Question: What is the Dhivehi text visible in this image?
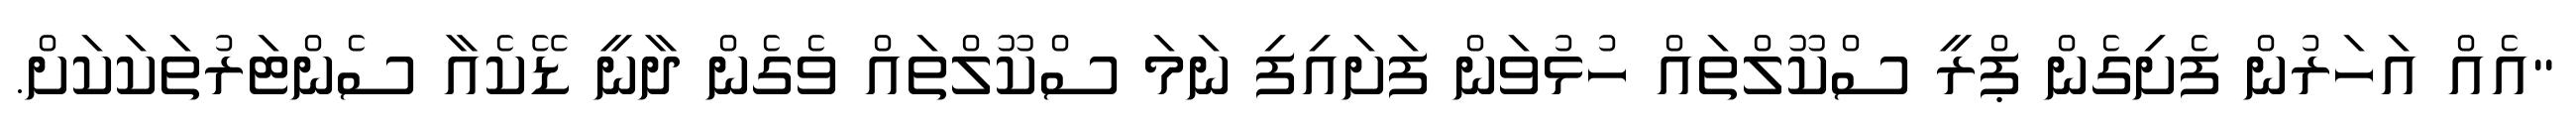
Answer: "އެއް އަހަރުން ފެށިގެން ޕްރީ ސްކޫލްތައް ހުޅުވަން ފަށައިފި ނަމަ ސްކޫލްތައް ވެގެން ދާނީ ޑޭކެއާ ސެންޓަރުތަކަކަށް.